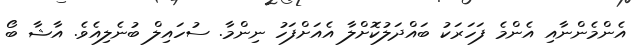
އެންމެންނާއި އެންމެ ފަހަރަކު ބައްދަލުކޮށްލާ އެއަށްފަހު ނިންމާ. ސުހައިލް ބުނެލިއެވެ. އާޝާ ބޯ